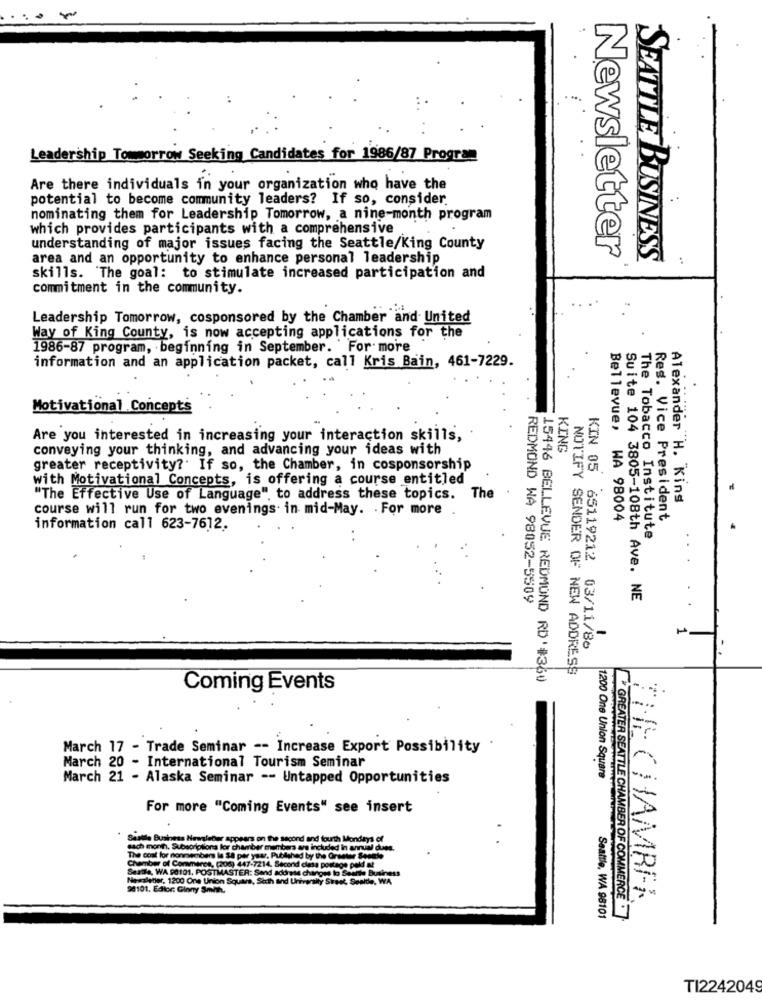
Leadership Tommorrow Seeking Candidates for 1986/87 Program
Are there individuals in your organization who have the
potential to become community leaders? If so, consider.
nominating them for Leadership Tomorrow, a nine-month program
which provides participants with a comprehensive
understanding of major issues facing the Seattle/King County
area and an opportunity to enhance personal leadership
Newsletter
SEATTLE BUSINESS
skills. The goal: to stimulate increased participation and
commitment in the community.
Leadership Tomorrow, cosponsored by the Chamber and United
Way of King County, is now accepting applications for the
1986-87 program, beginning in September. For more
information and an application packet, call Kris Bain, 461-7229.
Motivational Concepts
Are you interested in increasing your interaction skills,
conveying your thinking, and advancing your ideas with
KING
greater receptivity? If so, the Chamber, in cosponsorship
with Motivational Concepts, is offering a course entitled
"The Effective Use of Language", to address these topics. The
Alexander H. King
course will run for two evenings. in mid-May. . For more
Bellevue, WA 98004
Res. Vice President
information call 623-7612.
The Tobacco Institute
KIN 05 65119212
REDMOND WA 98052-5509
Suite 104 3805-108th Ave. NE
03/11/86
NOTIFY SENDER OF NEW ADDRESS
15446 BELLEVUE REDMOND RD' #360
Coming Events
March 17 - Trade Seminar -- Increase Export Possibility
March 20 - International Tourism Seminar
March 21 - Alaska Seminar -- Untapped Opportunities
1200 One Union Square
For more "Coming Events" see insert
Seatle Business Newsleber appears on the second and fourth Mondays of
sach month. Subscriptiona lor chamber members are included in annual dues.
The cost for nonmembers le S8 per year. Published by the Orseter Sesete
Chamber of Commerce, (206) 447-7214. Second clesa postage pold at
Seatle, WA 98101. POSTMASTER: Send adorese changes to Seanthe Business
Newsletter, 1200 One Union Square, Sich and University Street, Senide, WA
98101, Editor: Ginny Smith.
THE CHAMBER
Seattle, WA 98101
GREATER SEATTLE CHAMBER OF COMMERCE
TI2242049